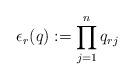
LaTeX: \begin{align*}\epsilon_r(q):= \prod_{j=1}^n q_{rj}\end{align*}